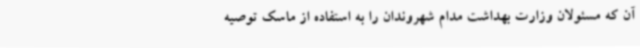
آن که مسئولان وزارت بهداشت مدام شهروندان را به استفاده از ماسک توصیه